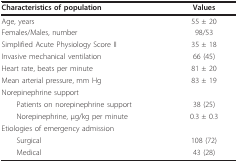
<table><thead><tr><td><b>Characteristics of population</b></td><td><b>Values</b></td></tr></thead><tbody><tr><td>Age, years</td><td>55 ± 20</td></tr><tr><td>Females/Males, number</td><td>98/53</td></tr><tr><td>Simplified Acute Physiology Score II</td><td>35 ± 18</td></tr><tr><td>Invasive mechanical ventilation</td><td>66 (45)</td></tr><tr><td>Heart rate, beats per minute</td><td>81 ± 20</td></tr><tr><td>Mean arterial pressure, mm Hg</td><td>83 ± 19</td></tr><tr><td>Norepinephrine support</td><td></td></tr><tr><td> Patients on norepinephrine support</td><td>38 (25)</td></tr><tr><td> Norepinephrine, μg/kg per minute</td><td>0.3 ± 0.3</td></tr><tr><td>Etiologies of emergency admission</td><td></td></tr><tr><td> Surgical</td><td>108 (72)</td></tr><tr><td> Medical</td><td>43 (28)</td></tr></tbody></table>